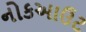
નોકઆઉટ